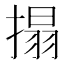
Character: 搨